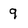
Character: 9